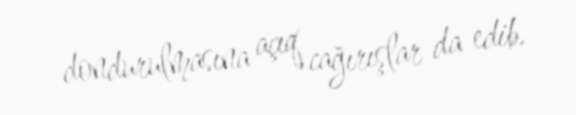
dondurulmasına açıq cağırışlar da edib.